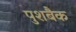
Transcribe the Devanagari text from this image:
पुशबैक